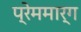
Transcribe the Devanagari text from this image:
प्रेममार्ग